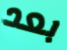
بعد